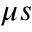
\mu s